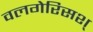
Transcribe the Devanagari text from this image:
वलगेरिसश्